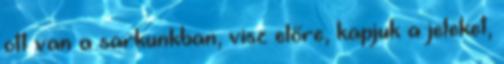
ott van a sarkunkban, visz előre, kapjuk a jeleket,